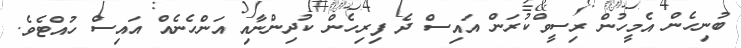
ބުނިހެން އެމީހުން ރިސީވްކުރަން އައިސް ދެ ފިރިހެން ކުދިންނާއި އަންހެނެއް އައިސް ހުއްޓެވެ.